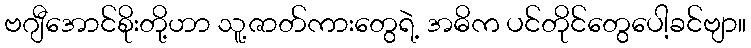
ဗဂျီအောင်စိုးတို့ဟာ သူ့ဇာတ်ကားတွေရဲ့ အဓိက ပင်တိုင်တွေပေါ့ခင်ဗျာ။